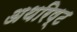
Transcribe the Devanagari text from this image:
अथरिष्ट